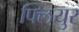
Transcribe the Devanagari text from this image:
फ्लियुर